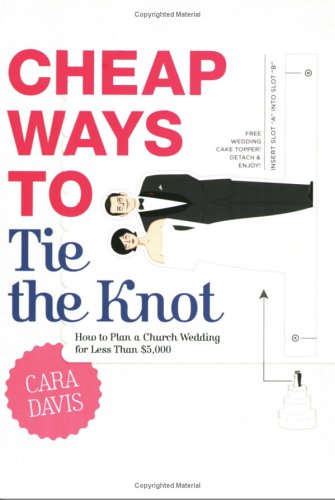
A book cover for Cheap Ways to Tie the Knot: How to Plan a Church Wedding for Less Than $5,000; Cara Davis; Crafts, Hobbies & Home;